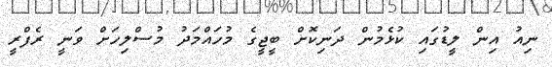
ނިއު އިން ލީޑުގައި ކުޅެމުން ދަނިކޮށް ބީޖީގެ މުހައްމަދު މުސްލިހަށް ވަނީ ރެފްރީ